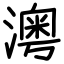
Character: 澚